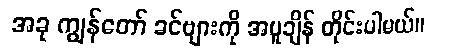
အခု ကျွန်တော် ခင်ဗျားကို အပူချိန် တိုင်းပါမယ်။